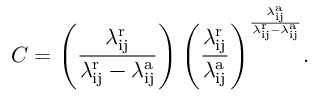
C = \left( \frac { \lambda _ { \mathrm { i j } } ^ { \mathrm { r } } } { \lambda _ { \mathrm { i j } } ^ { \mathrm { r } } - \lambda _ { \mathrm { i j } } ^ { \mathrm { a } } } \right) { \left( \frac { \lambda _ { \mathrm { i j } } ^ { \mathrm { r } } } { \lambda _ { \mathrm { i j } } ^ { \mathrm { a } } } \right) } ^ { \frac { \lambda _ { \mathrm { i j } } ^ { \mathrm { a } } } { \lambda _ { \mathrm { i j } } ^ { \mathrm { r } } - \lambda _ { \mathrm { i j } } ^ { \mathrm { a } } } } .